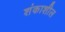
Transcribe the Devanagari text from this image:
शंकाशील